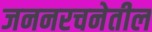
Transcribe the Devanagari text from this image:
जननरचनेतील